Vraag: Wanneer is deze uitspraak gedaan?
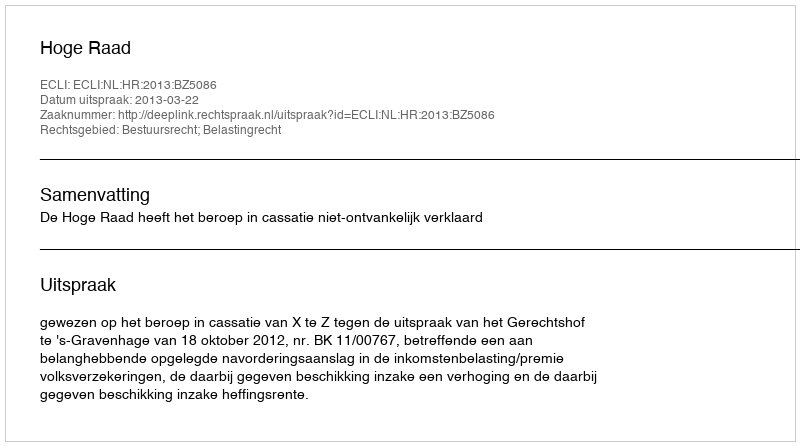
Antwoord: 2013-03-22